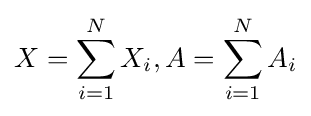
X=\sum _{i=1}^{N}X_{i},A=\sum _{i=1}^{N}A_{i}